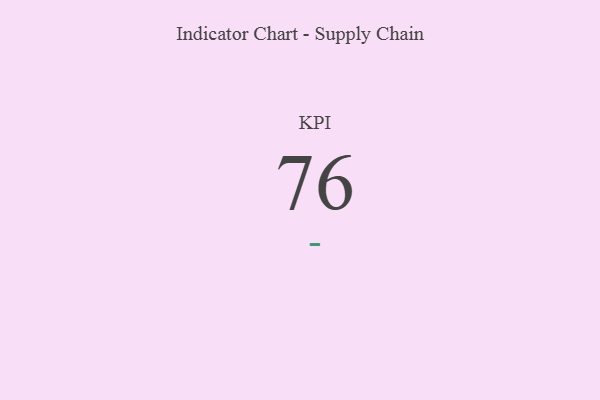
{"axis": {"x": "KPI", "y": "Value"}, "legend": [""], "data": [{"x": "KPI", "y": 76, "type": ""}]}